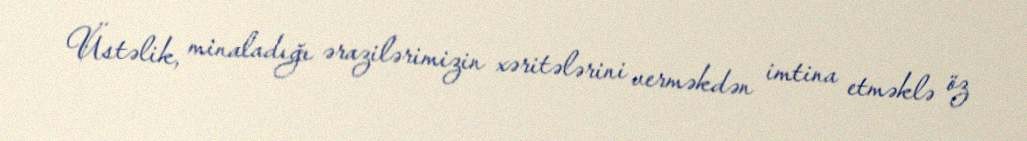
Üstəlik, minaladığı ərazilərimizin xəritələrini verməkdən imtina etməklə öz